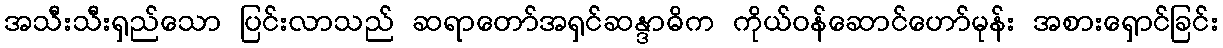
အသီးသီးရှည်သော ပြင်းလာသည် ဆရာတော်အရှင်ဆန္ဒာဓိက ကိုယ်ဝန်ဆောင်ဟော်မုန်း အစားရှောင်ခြင်း